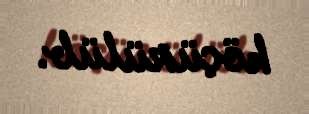
köçürülüb.